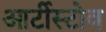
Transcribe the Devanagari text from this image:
आर्टीस्टोव